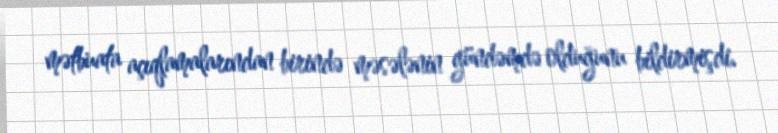
mətbuata açıqlamalarından birində məsələnin gündəmdə olduğunu bildirmişdi.